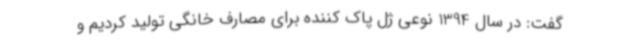
گفت: در سال 1394 نوعی ژل پاک کننده برای مصارف خانگی تولید کردیم و